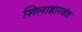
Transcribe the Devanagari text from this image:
शिलाहारवंश